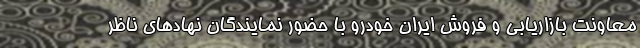
معاونت بازاریابی و فروش ایران خودرو با حضور نمایندگان نهادهای ناظر